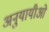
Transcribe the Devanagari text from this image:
अनुयायीओ